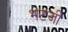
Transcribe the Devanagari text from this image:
भटजी